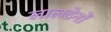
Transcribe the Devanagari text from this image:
लालटेनों